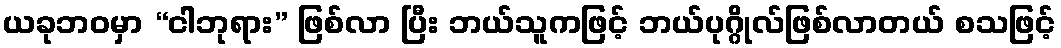
ယခုဘဝမှာ “ငါဘုရား” ဖြစ်လာ ပြီး ဘယ်သူကဖြင့် ဘယ်ပုဂ္ဂိုလ်ဖြစ်လာတယ် စသဖြင့်